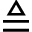
\triangleq